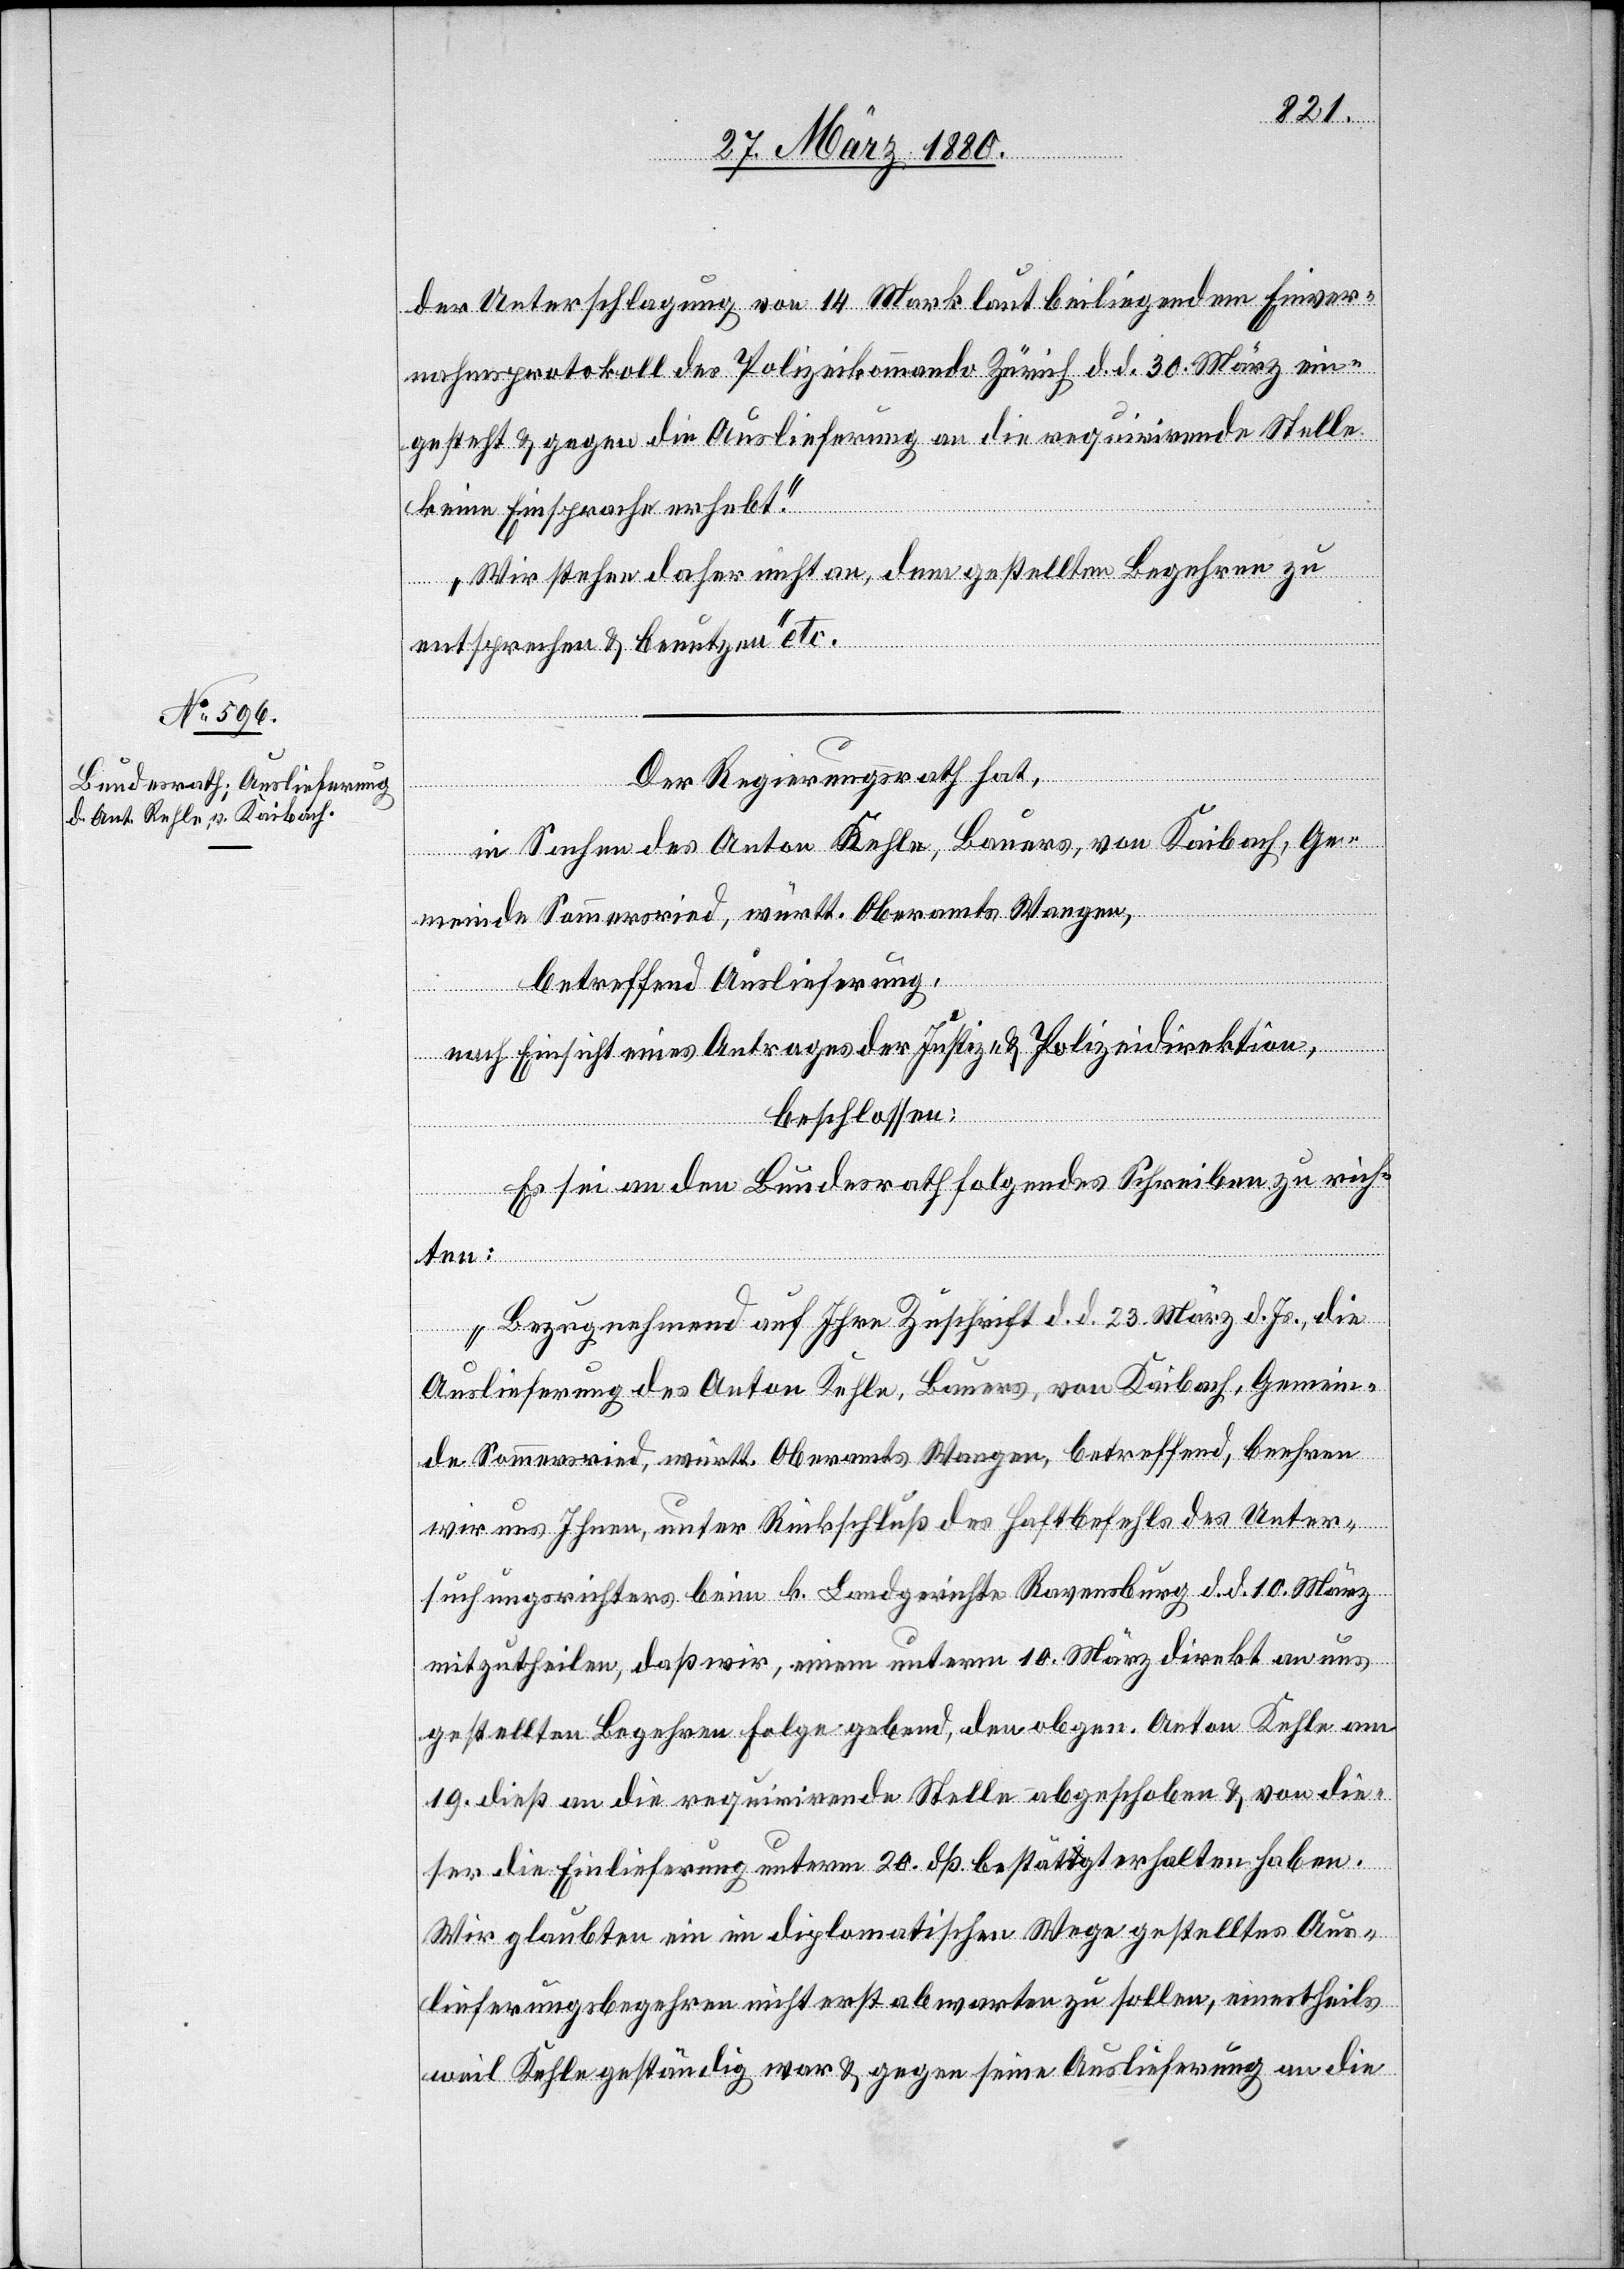
& gegen
31. März 1880.]
der Unterschlagung von 14 Mark laut beiliegendem Einver¬
nahmsprotokoll des Polizeikommando Zürich d. d. 30. März ein¬
gesteht & gegen die Auslieferung an die requirirende Stelle
keine Einsprache erhebt.
Wir stehen daher nicht an, dem gestellten Begehren zu
entsprechen & benutzen“ etc.
Der Regierungsrath hat,
in Sachen des Anton Rehle, Bauers, von Kaibach, Ge¬
meinde Sommersried, württ. Oberamts Wangen,
betreffend Auslieferung,
nach Einsicht eines Antrages der Justiz- & Polizeidirektion,
beschlossen:
Es sei an den Bundesrath folgendes Schreiben zu rich¬
an die
„Bezugnehmend auf Ihre Zuschrift d. d. 23. März d. Js., die
Auslieferung des Anton Rehle, Bauers, von Kaibach, Gemein¬
de Sommersried, württ. Oberamts Wangen, betreffend, beehren
wir uns Ihnen, unter Rückschluß des Haftbefehls des Unter¬
suchungsrichters beim k. Landgerichte Ravensburg d. d. 10. Màrz
mitzutheilen, daß wir, einem unterm 10. März direkt an uns
gestellten Begehren Folge gebend, den obgen. Anton Kehle am
19. dieß an die requirirende Stelle abgeschoben & von die¬
ser die Einlieferung unterm 20. dß. bestätigt erhalten haben.
Wir glaubten ein im diplomatischen Wege gestelltes Aus¬
lieferungsbegehren nicht erst abwarten zu sollen, einertheils